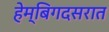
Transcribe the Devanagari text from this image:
हेम्बिगदसरात